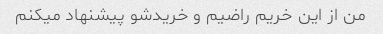
من از این خریم راضیم و خریدشو پیشنهاد میکنم